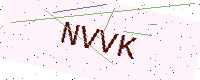
Text: NVVK